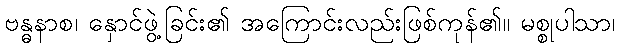
ဗန္ဓနာစ၊ နှောင်ဖွဲ့ခြင်း၏ အကြောင်းလည်းဖြစ်ကုန်၏။ မစ္စုပါသာ၊